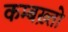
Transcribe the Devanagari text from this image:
कम्बख़्तो